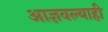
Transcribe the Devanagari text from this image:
आज्ञवल्याही